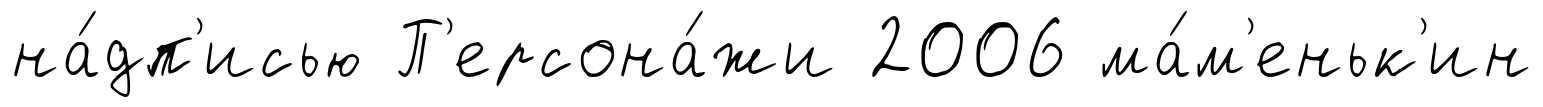
на́дп'исью П'ерсона́жи 2006 ма́м'еньк'ин